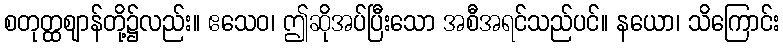
စတုတ္ထဈာန်တို့၌လည်း။ ဧသေဝ၊ ဤဆိုအပ်ပြီးသော အစီအရင်သည်ပင်။ နယော၊ သိကြောင်း